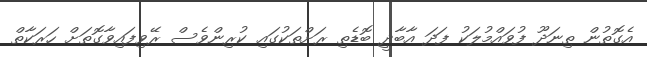
އެގޮތުން ތިނަދޫ ފުވައްމުލަކު ފަދަ އާބާދީ ބޮޑެތި ރަށްތަކުގައި ކުރިންވެސް ރޭވިފައިވާގޮތަށް ހަރަކާތް